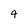
Character: 4